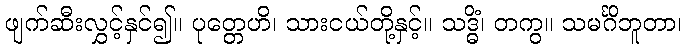
ဖျက်ဆီးလွှင့်နှင်၍။ ပုတ္တေဟိ၊ သားငယ်တို့နှင့်။ သဒ္ဓိံ၊ တကွ။ သမင်္ဂိဘူတာ၊